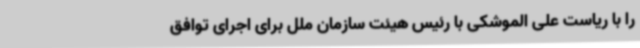
را با ریاست علی الموشکی با رئیس هیئت سازمان ملل برای اجرای توافق